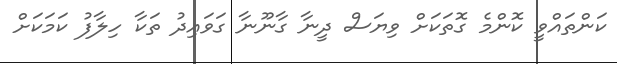
ކަންތައްވީ ކޮންމެ ގޮތަކަށް ވިޔަސް ދީނާ ގާނޫނާ ގަވައިދު ތަކާ ހިލާފު ކަމަކަށް